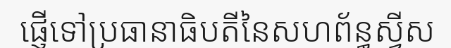
ផ្ញើទៅប្រធានាធិបតីនៃសហព័ន្ធស្វីស